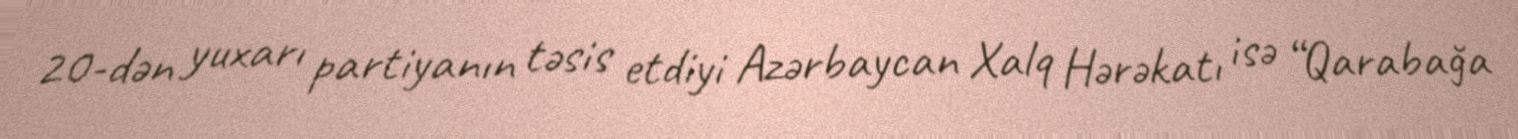
20-dən yuxarı partiyanın təsis etdiyi Azərbaycan Xalq Hərəkatı isə “Qarabağa